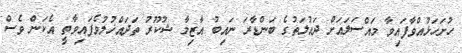
ހުށަހަޅުއްވާފައިވާ މައްސަލައަށް ދައުލަތުގެ ބަންޑާރަ ނައިބު އާޒިމާ ޝުކޫރު ތަދައްޚުލުވެފައިވާތީ އެކަން ވެސް